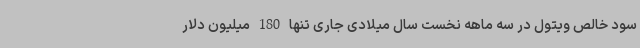
سود خالص ویتول در سه ماهه نخست سال میلادی جاری تنها 180 میلیون دلار